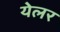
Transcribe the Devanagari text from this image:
येलर